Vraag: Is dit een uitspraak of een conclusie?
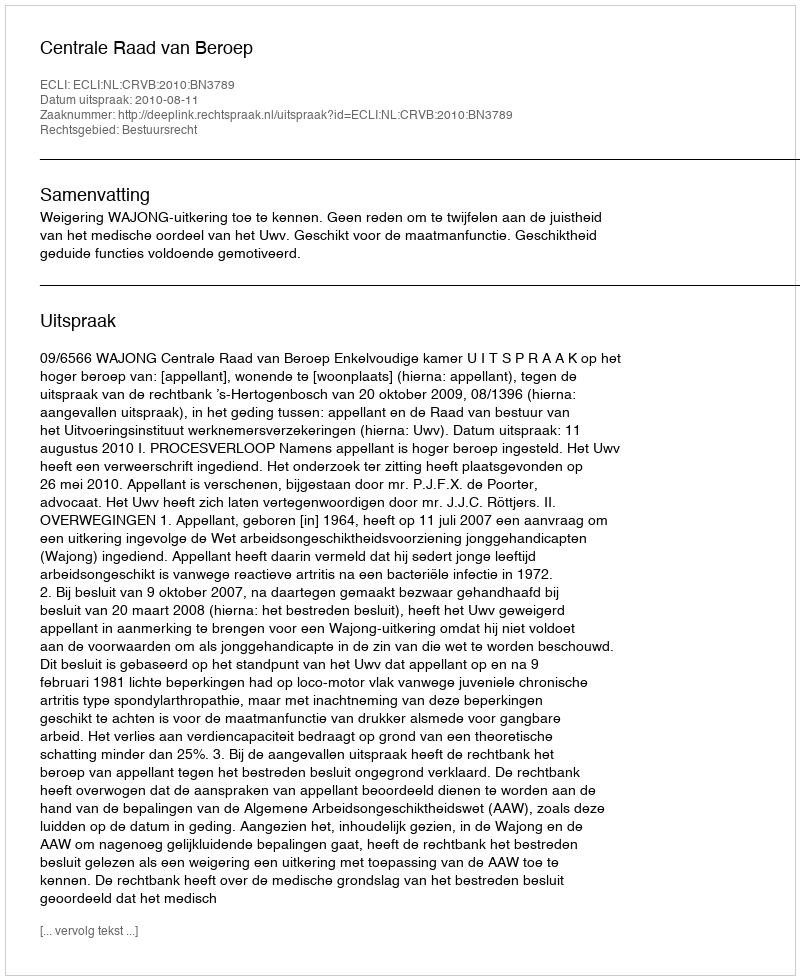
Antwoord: Uitspraak